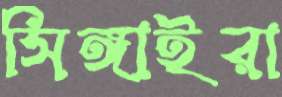
সিঙ্গাইরা